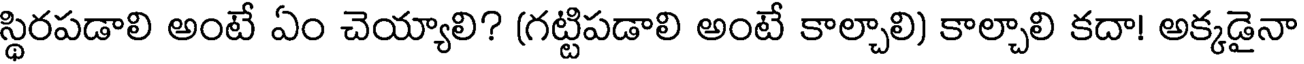
స్థిరపడాలి అంటే ఏం చెయ్యాలి? (గట్టిపడాలి అంటే కాల్చాలి) కాల్చాలి కదా! అక్కడైనా